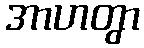
အာဟတွာ